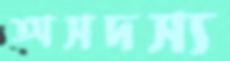
অসদস্য